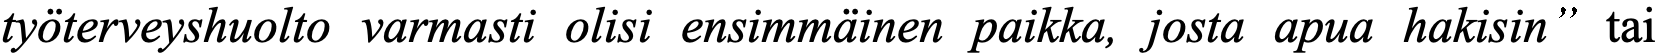
työterveyshuolto varmasti olisi ensimmäinen paikka, josta apua hakisin” tai